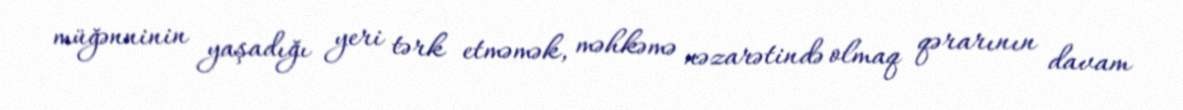
müğənninin yaşadığı yeri tərk etməmək, məhkəmə nəzarətində olmaq qərarının davam